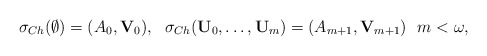
\begin{align*}\sigma_{Ch}(\emptyset)=(A_{0},\mathbf V_{0}), \ \ \sigma_{Ch}(\mathbf U_0,\dots,\mathbf U_m)=(A_{m+1},\mathbf V_{m+1}) \ \ m<\omega,\end{align*}